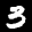
Label: 3